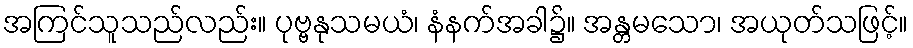
အကြင်သူသည်လည်း။ ပုဗ္ဗနုသမယံ၊ နံနက်အခါ၌။ အန္တမသော၊ အယုတ်သဖြင့်။